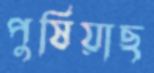
পুষিয়াছ